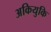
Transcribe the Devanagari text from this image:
अकियुकि